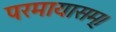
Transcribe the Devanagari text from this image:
परमायासम्‌।